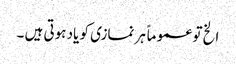
الخ تو عموماً ہر نمازی کو یاد ہوتی ہیں ۔